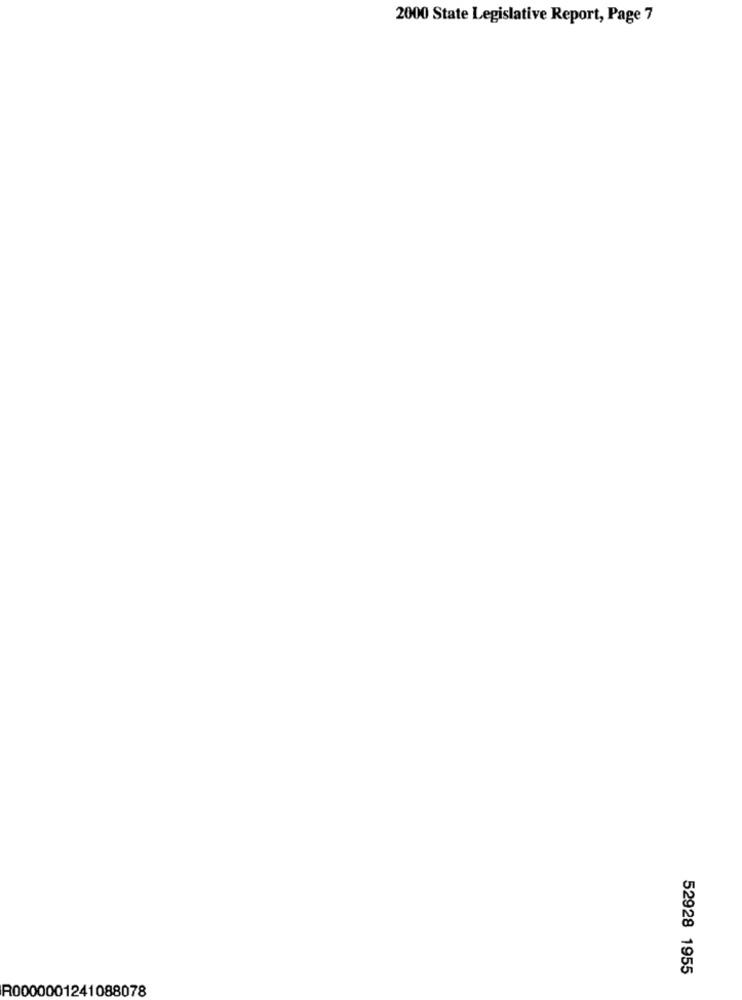
2000 State Legislative Report, Page 7
52928 1955
R0000001241088078